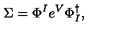
\Sigma = \Phi ^ { I } e ^ { V } \Phi _ { I } ^ { \dagger } ,